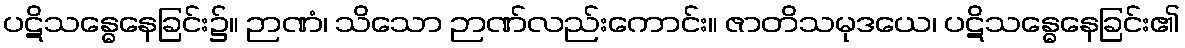
ပဋိသန္ဓေနေခြင်း၌။ ဉာဏံ၊ သိသော ဉာဏ်လည်းကောင်း။ ဇာတိသမုဒယေ၊ ပဋိသန္ဓေနေခြင်း၏